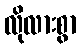
လိုလားစွာ